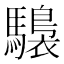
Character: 𩦫